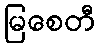
မြစေတီ